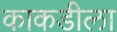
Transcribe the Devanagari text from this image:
काकडीला